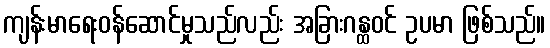
ကျန်းမာရေးဝန်ဆောင်မှုသည်လည်း အခြားဂန္ထဝင် ဥပမာ ဖြစ်သည်။